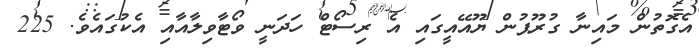
އެގޮތުން މައިނާ ގުރޫޕުން ޔޫއޭއީގައި އެ ރިސޯޓް ހަދަނީ ވޯޓާވިލާއާއި އެކުގައެވެ. 225